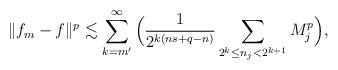
LaTeX: \begin{align*} \|f_m-f\|^p \lesssim \sum_{k=m'}^\infty \Big( \frac{1}{2^{k(ns+q-n)}} \sum_{2^k \le n_j<2^{k+1}}M_j^p\Big),\end{align*}